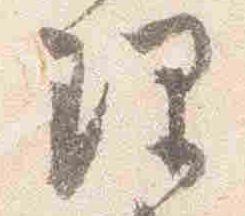
理